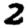
Digit: 2